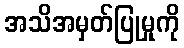
အသိအမှတ်ပြုမှုကို